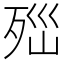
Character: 𣧽